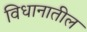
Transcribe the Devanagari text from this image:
विधानातील